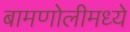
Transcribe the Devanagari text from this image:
बामणोलीमध्ये